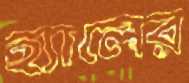
হ্যালের